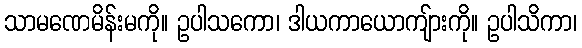
သာမဏေမိန်းမကို။ ဥပါသကော၊ ဒါယကာယောကျ်ားကို။ ဥပါသိကာ၊